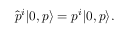
\hat { p } ^ { i } | 0 , p \rangle = p ^ { i } | 0 , p \rangle .